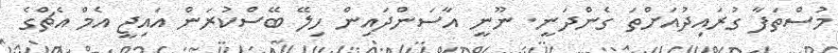
މުސްތަފާ ގުރައިދުއަށްތަ ގެންދަނީ. ނޫނީ އާސަންދައިން ހިލޭ ބޭސްކުރަން އައިޖީ އެމް އެޗްގެ